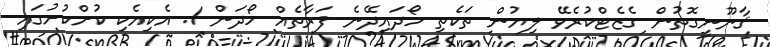
ޤާނޫނީގޮތުން ގެޒެޓްކުރެވޭ ލިޔުން ތަކެތި ހޯދައިދޭނެ ފަރާތެއް ހޯދަން 1. އެކިއެކި ކުށްކުށުގައި